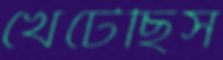
খেটেছিস